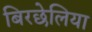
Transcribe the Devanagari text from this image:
बिरछेलिया